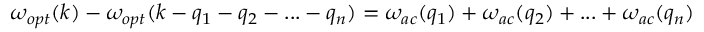
\begin{array} { r } { \omega _ { o p t } ( k ) - \omega _ { o p t } ( k - q _ { 1 } - q _ { 2 } - . . . - q _ { n } ) = \omega _ { a c } ( q _ { 1 } ) + \omega _ { a c } ( q _ { 2 } ) + . . . + \omega _ { a c } ( q _ { n } ) } \end{array}